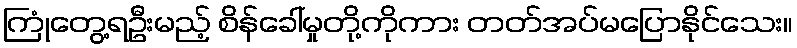
ကြုံတွေ့ရဦးမည့် စိန်ခေါ်မှုတို့ကိုကား တတ်အပ်မပြောနိုင်သေး။